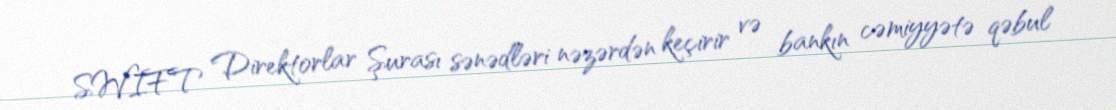
SWIFT Direktorlar Şurası sənədləri nəzərdən keçirir və bankın cəmiyyətə qəbul